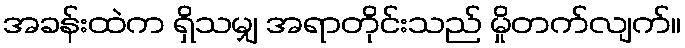
အခန်းထဲက ရှိသမျှ အရာတိုင်းသည် မှိုတက်လျက်။